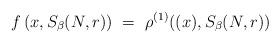
LaTeX: \begin{align*}f\left(x,S_\beta(N,r)\right)\ =\ \rho^{(1)}((x),S_\beta(N,r))\end{align*}